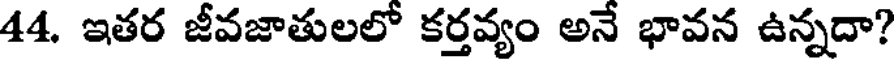
44. ఇతర జీవజాతులలో కర్తవ్యం అనే భావన ఉన్నదా?